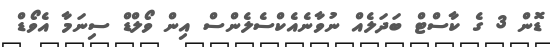
ޑޮން 3 ގެ ކާސްޓް ބަދަލެއް ނުވާނެއެކްސެލެންސް އިން ވޯލްޑް ސިނަމާ އެވޯޑް